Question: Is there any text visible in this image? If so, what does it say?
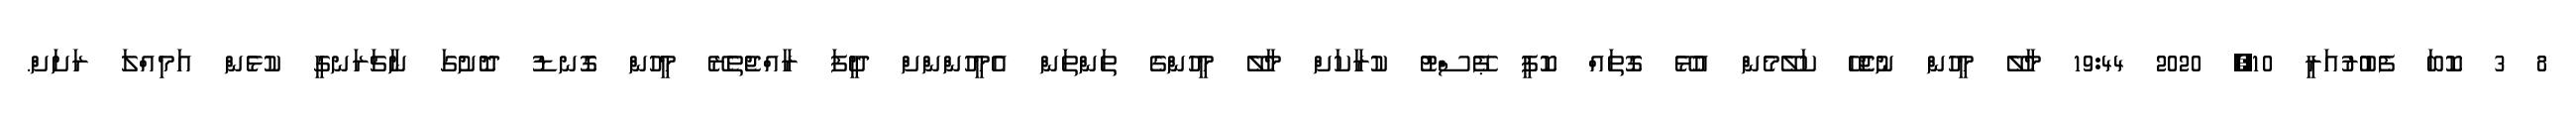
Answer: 8 3 ކޮބަ ފެބުރުއަރީ 10, 2020 19:44 މާލޭ މީހުން ނުޖެހޭ ކަލޭމެން އުޅޭ ގޮތައް ކޮޕީ ޕޭސްޓު ކުރާކަށް މާލޭ މީހުންގެ ތަންތަން އެމީހުންންށް ދީފަ ރާއްޖެތެރޭ މީހުން ގޮނޑު ދޮށުގަ ނާޗަރަނގީ ކުޅެން އަމިއްލަ ރަށަށް.